Madras plague regulations and rules - Volume 2
Disease focus: Plague
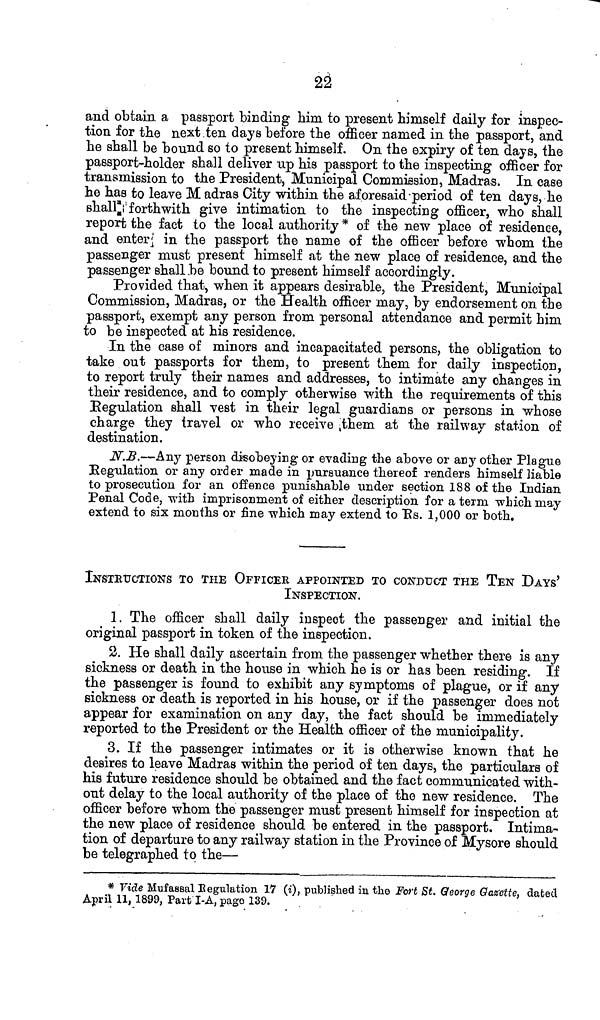
22
and obtain a passport binding him to present himself daily for inspec-
tion for the next ten days before the officer named in the passport, and
he shall be bound so to present himself. On the expiry of ten days, the
passport-holder shall deliver up his passport to the inspecting officer for
transmission to the President, Municipal Commission, Madras. In case
he has to leave M adras City within the aforesaid period of ten days, he
shall forth with give intimation to the inspecting officer, who shall
report the fact to the local authority * of the new place of residence,
and enter in the passport the name of the officer before whom the
passenger must present himself at the new place of residence, and the
passenger shall be bound to present himself accordingly.
Provided that, when it appears desirable, the President, Municipal
Commission, Madras, or the Health officer may, by endorsement on the
passport, exempt any person from personal attendance and permit him
to be inspected at his residence.
In the case of minors and incapacitated persons, the obligation to
take out passports for them, to present them for daily inspection,
to report truly their names and addresses, to intimate any changes in
their residence, and to comply otherwise with the requirements of this
Regulation shall vest in their legal guardians or persons in whose
charge they travel or who receive them at the railway station of
destination.
N.B.—Any person disobeying or evading the above or any other Plague
Regulation or any order made in pursuance thereof renders himself liable
to prosecution for an offence punishable under section 188 of the Indian
Penal Code, with imprisonment of either description for a term which may
extend to six months or fine which may extend to Rs. 1,000 or both.
INSTRUCTIONS TO THE OFFICER APPOINTED TO CONDUCT THE TEN DAYS'
INSPECTION.
1. The officer shall daily inspect the passenger and initial the
original passport in token of the inspection.
2. He shall daily ascertain from the passenger whether there is any
sickness or death in the house in which he is or has been residing. If
the passenger is found to exhibit any symptoms of plague, or if any
sickness or death is reported in his house, or if the passenger does not
appear for examination on any day, the fact should be immediately
reported to the President or the Health officer of the municipality.
3. If the passenger intimates or it is otherwise known that he
desires to leave Madras within the period of ten days, the particulars of
his future residence should be obtained and the fact communicated with-
out delay to the local authority of the place of the new residence. The
officer before whom the passenger must present himself for inspection at
the new place of residence should be entered in the passport. Intima-
tion of departure to any railway station in the Province of Mysore should
be telegraphed to the—
* Vide Mufaseal Regulation 17 (i), published in the Fort St. George Gazette, dated
April 11, 1899, Part I-A, page 139.